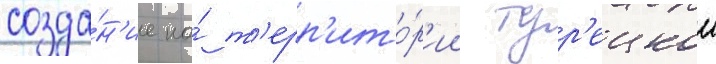
созда́н'ие на́ т'ерр'ито́р'ии тур'ецкои